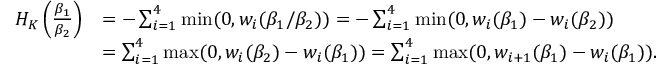
\begin{array} { r l } { H _ { K } \left( \frac { \beta _ { 1 } } { \beta _ { 2 } } \right) } & { = - \sum _ { i = 1 } ^ { 4 } \operatorname* { m i n } ( 0 , w _ { i } ( \beta _ { 1 } / \beta _ { 2 } ) ) = - \sum _ { i = 1 } ^ { 4 } \operatorname* { m i n } ( 0 , w _ { i } ( \beta _ { 1 } ) - w _ { i } ( \beta _ { 2 } ) ) } \\ & { = \sum _ { i = 1 } ^ { 4 } \operatorname* { m a x } ( 0 , w _ { i } ( \beta _ { 2 } ) - w _ { i } ( \beta _ { 1 } ) ) = \sum _ { i = 1 } ^ { 4 } \operatorname* { m a x } ( 0 , w _ { i + 1 } ( \beta _ { 1 } ) - w _ { i } ( \beta _ { 1 } ) ) . } \end{array}